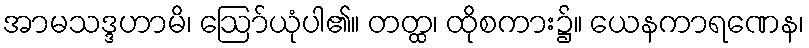
အာမသဒ္ဒဟာမိ၊ ဩော်ယုံပါ၏။ တတ္ထ၊ ထိုစကား၌။ ယေနကာရဏေန၊